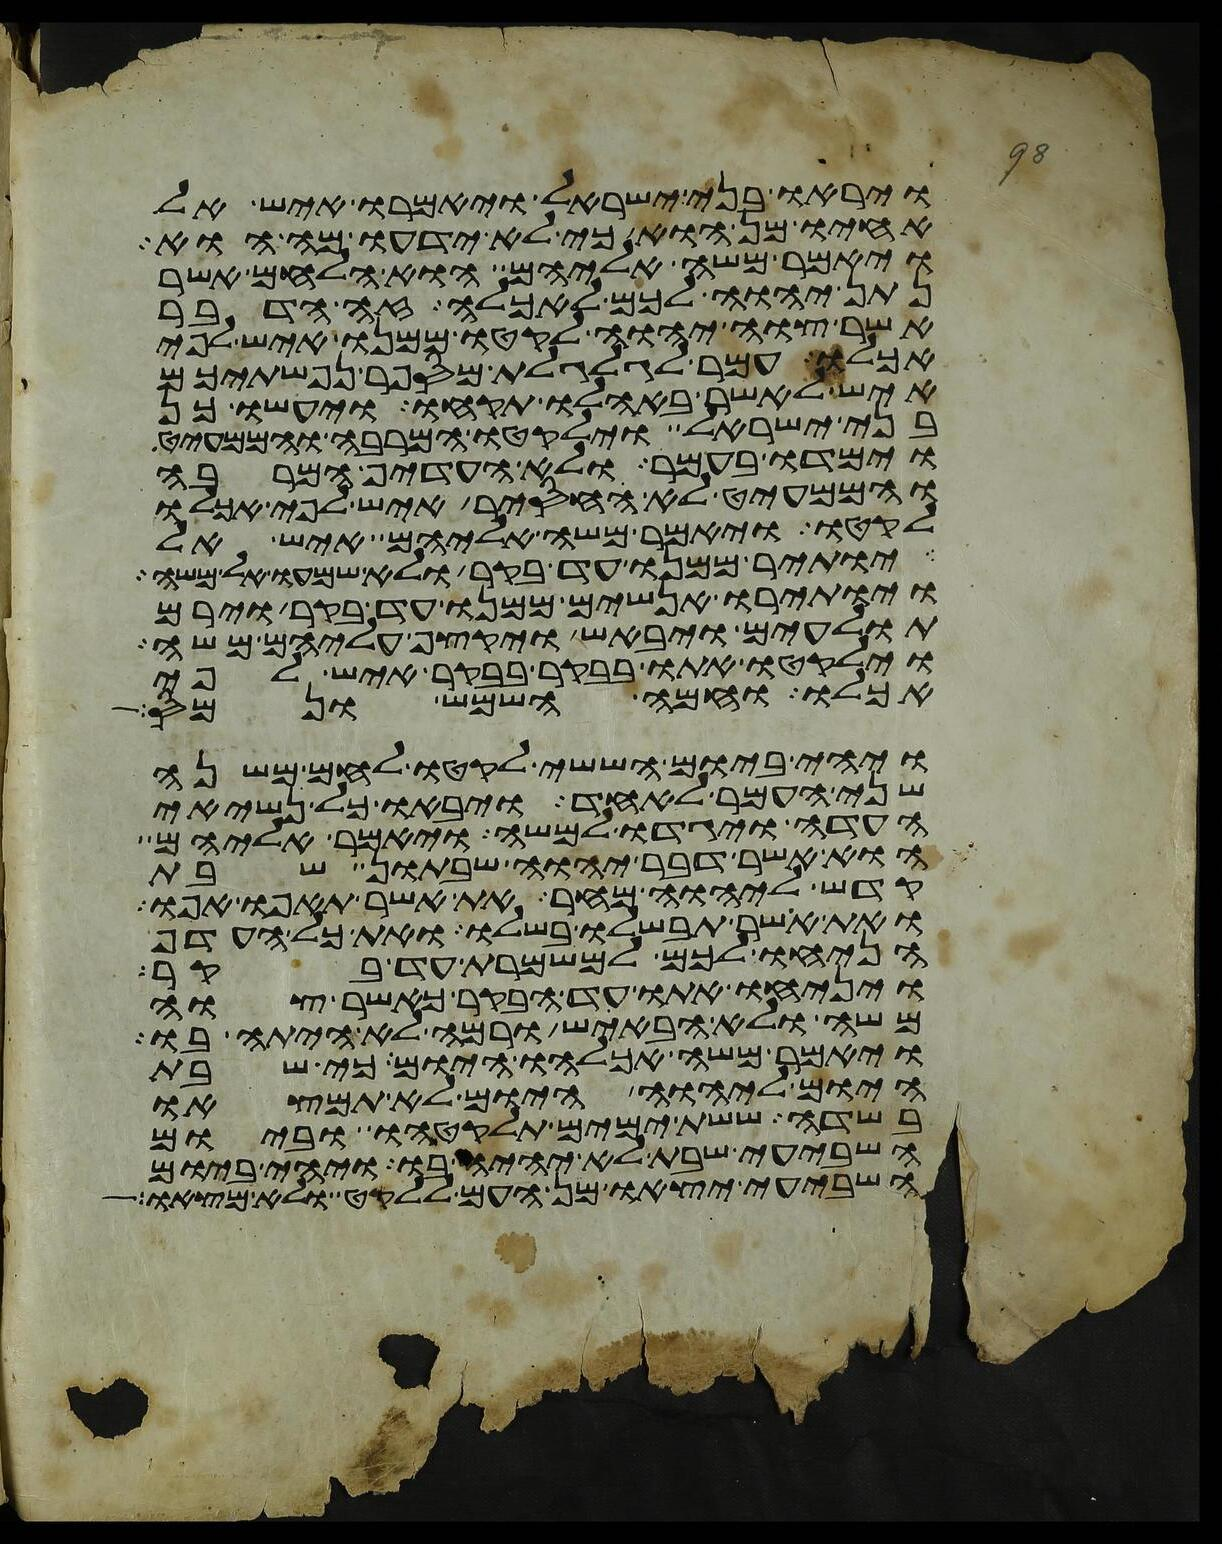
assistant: ויראו בני ישראל ויאמרו איש אל
אחיו מן הוא כי לא ידעו מה הוא
ויאמר משה אליהם הוא הלחם אשר
נתן יהוה לכם לאכלה זה הדבר
אשר צוה יהוה לקטו ממנו איש לפי
אכלו עמר לגלגלת מספר נפשתיכם
איש לאשר באהלו תקחו ויעשו כן
בני ישראל וילקטו המרבה והממעיט
וימדו בעמר ולא העדיף המרבה
והממעיט לא החסיר איש לפי אכלו
לקטו ויאמר משה אליהם איש אל
יותיר ממנו עד בקר ולא שמעו אל משה
ויותירו אנשים ממנו עד בקר וירם
תולעים ויבאש ויקצף עליהם משה
וילקטו אתו בבקר בבקר איש לפי
אכלו וחמה השמש ונמס
ויהי ביום הששי לקטו לחם משנה
שני העמר לאחד ויבאו כל נשיאי
העדה ויגדו למשה ויאמר אליהם
הוא אשר דבר יהוה שבתון שבת
קדש ליהוה מחר את אשר תאפו אפו
ואת אשר תבשלו בשלו ואת כל העדף
הניחו לכם למשמרת עד בקר
ויניחו אתו עד הבקר כאשר צוה
משה ולא הבאיש ורמה לא היתה בו
ויאמר משה אכלהו היום כי שבת
היום ליהוה היום לא תמצאו
בשדה ששת ימים תלקטהו וביום
השביעי שבת לא יהיה בו ויהי ביום
השביעי יצאו מן העם ללקט ולא מצאו